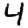
Digit: 4